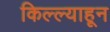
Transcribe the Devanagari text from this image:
किल्ल्याहून